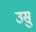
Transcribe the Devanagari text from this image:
उसु